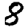
Digit: 8